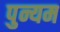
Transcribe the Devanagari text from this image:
पुन्यम